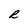
Character: R